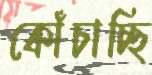
কোঁচাচ্ছি